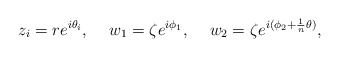
\begin{align*}z_i = re^{i\theta_i}, \hspace{5mm} w_1 = \zeta e^{i\phi_1}, \hspace{5mm} w_2 = \zeta e^{i(\phi_2+\frac1n\theta)},\end{align*}